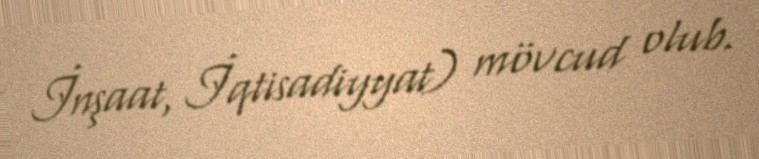
İnşaat, İqtisadiyyat) mövcud olub.